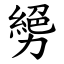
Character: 㔢